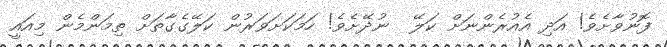
ފޮނުވާށެވެ! އަދި އެއުރެންނަށް ކަލޭ  ނުދޭށެވެ! ހަމަކަށަވަރުން ކަލޭގެގާތަށް ތިމަންމެން މިއައީ